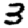
Digit: 3